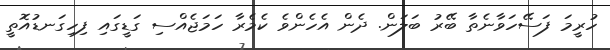
ހުރީމަ ފަސޭހަވާނެތާ ބޭރު ބަލަން. ދެން އެހެންވެ ކެމެރާ ހަމަޖެއްސި ގަޑީގައި ފިހިގަނޑުއޮތީ